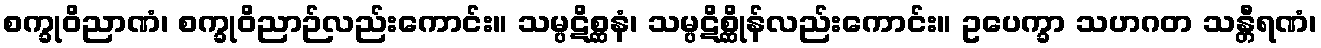
စက္ခုဝိညာဏံ၊ စက္ခုဝိညာဉ်လည်းကောင်း။ သမ္ပဋိစ္ဆနံ၊ သမ္ပဋိစ္ဆိုန်လည်းကောင်း။ ဥပေက္ခာ သဟဂတ သန္တီရဏံ၊